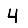
Digit: 4